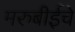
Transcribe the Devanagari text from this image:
मरुबीईचे